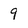
Character: 9